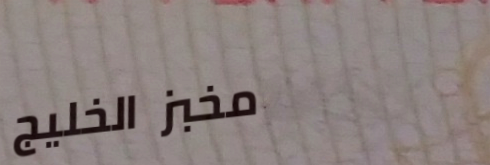
مخبز الخليج